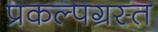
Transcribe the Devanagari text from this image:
प्रकल्पग्रस्त